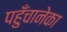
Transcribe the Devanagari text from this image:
पहुँचानेका